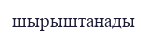
шырыштанады